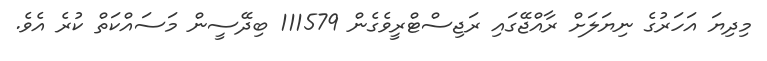
މިދިޔަ އަހަރުގެ ނިޔަލަށް ރާއްޖޭގައި ރަޖިސްޓްރީވެގެން 111579 ބިދޭސީން މަސައްކަތް ކުރެ އެވެ.